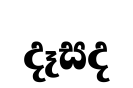
දෑසද